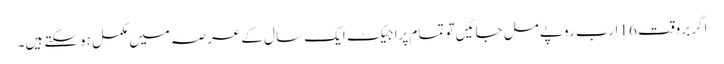
اگر بروقت 16 ارب روپے مل جائیں تو تمام پراجیکٹ ایک سال کے عرصہ میں مکمل ہوسکتے ہیں۔